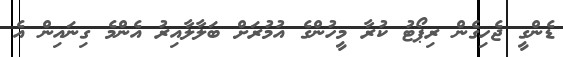
ޑެންގީ ޖެހިގެން ރިޕޯޓު ކުރާ މީހުންގެ އުމުރަށް ބަލާލާއިރު އެންމެ ގިނައިން އެ